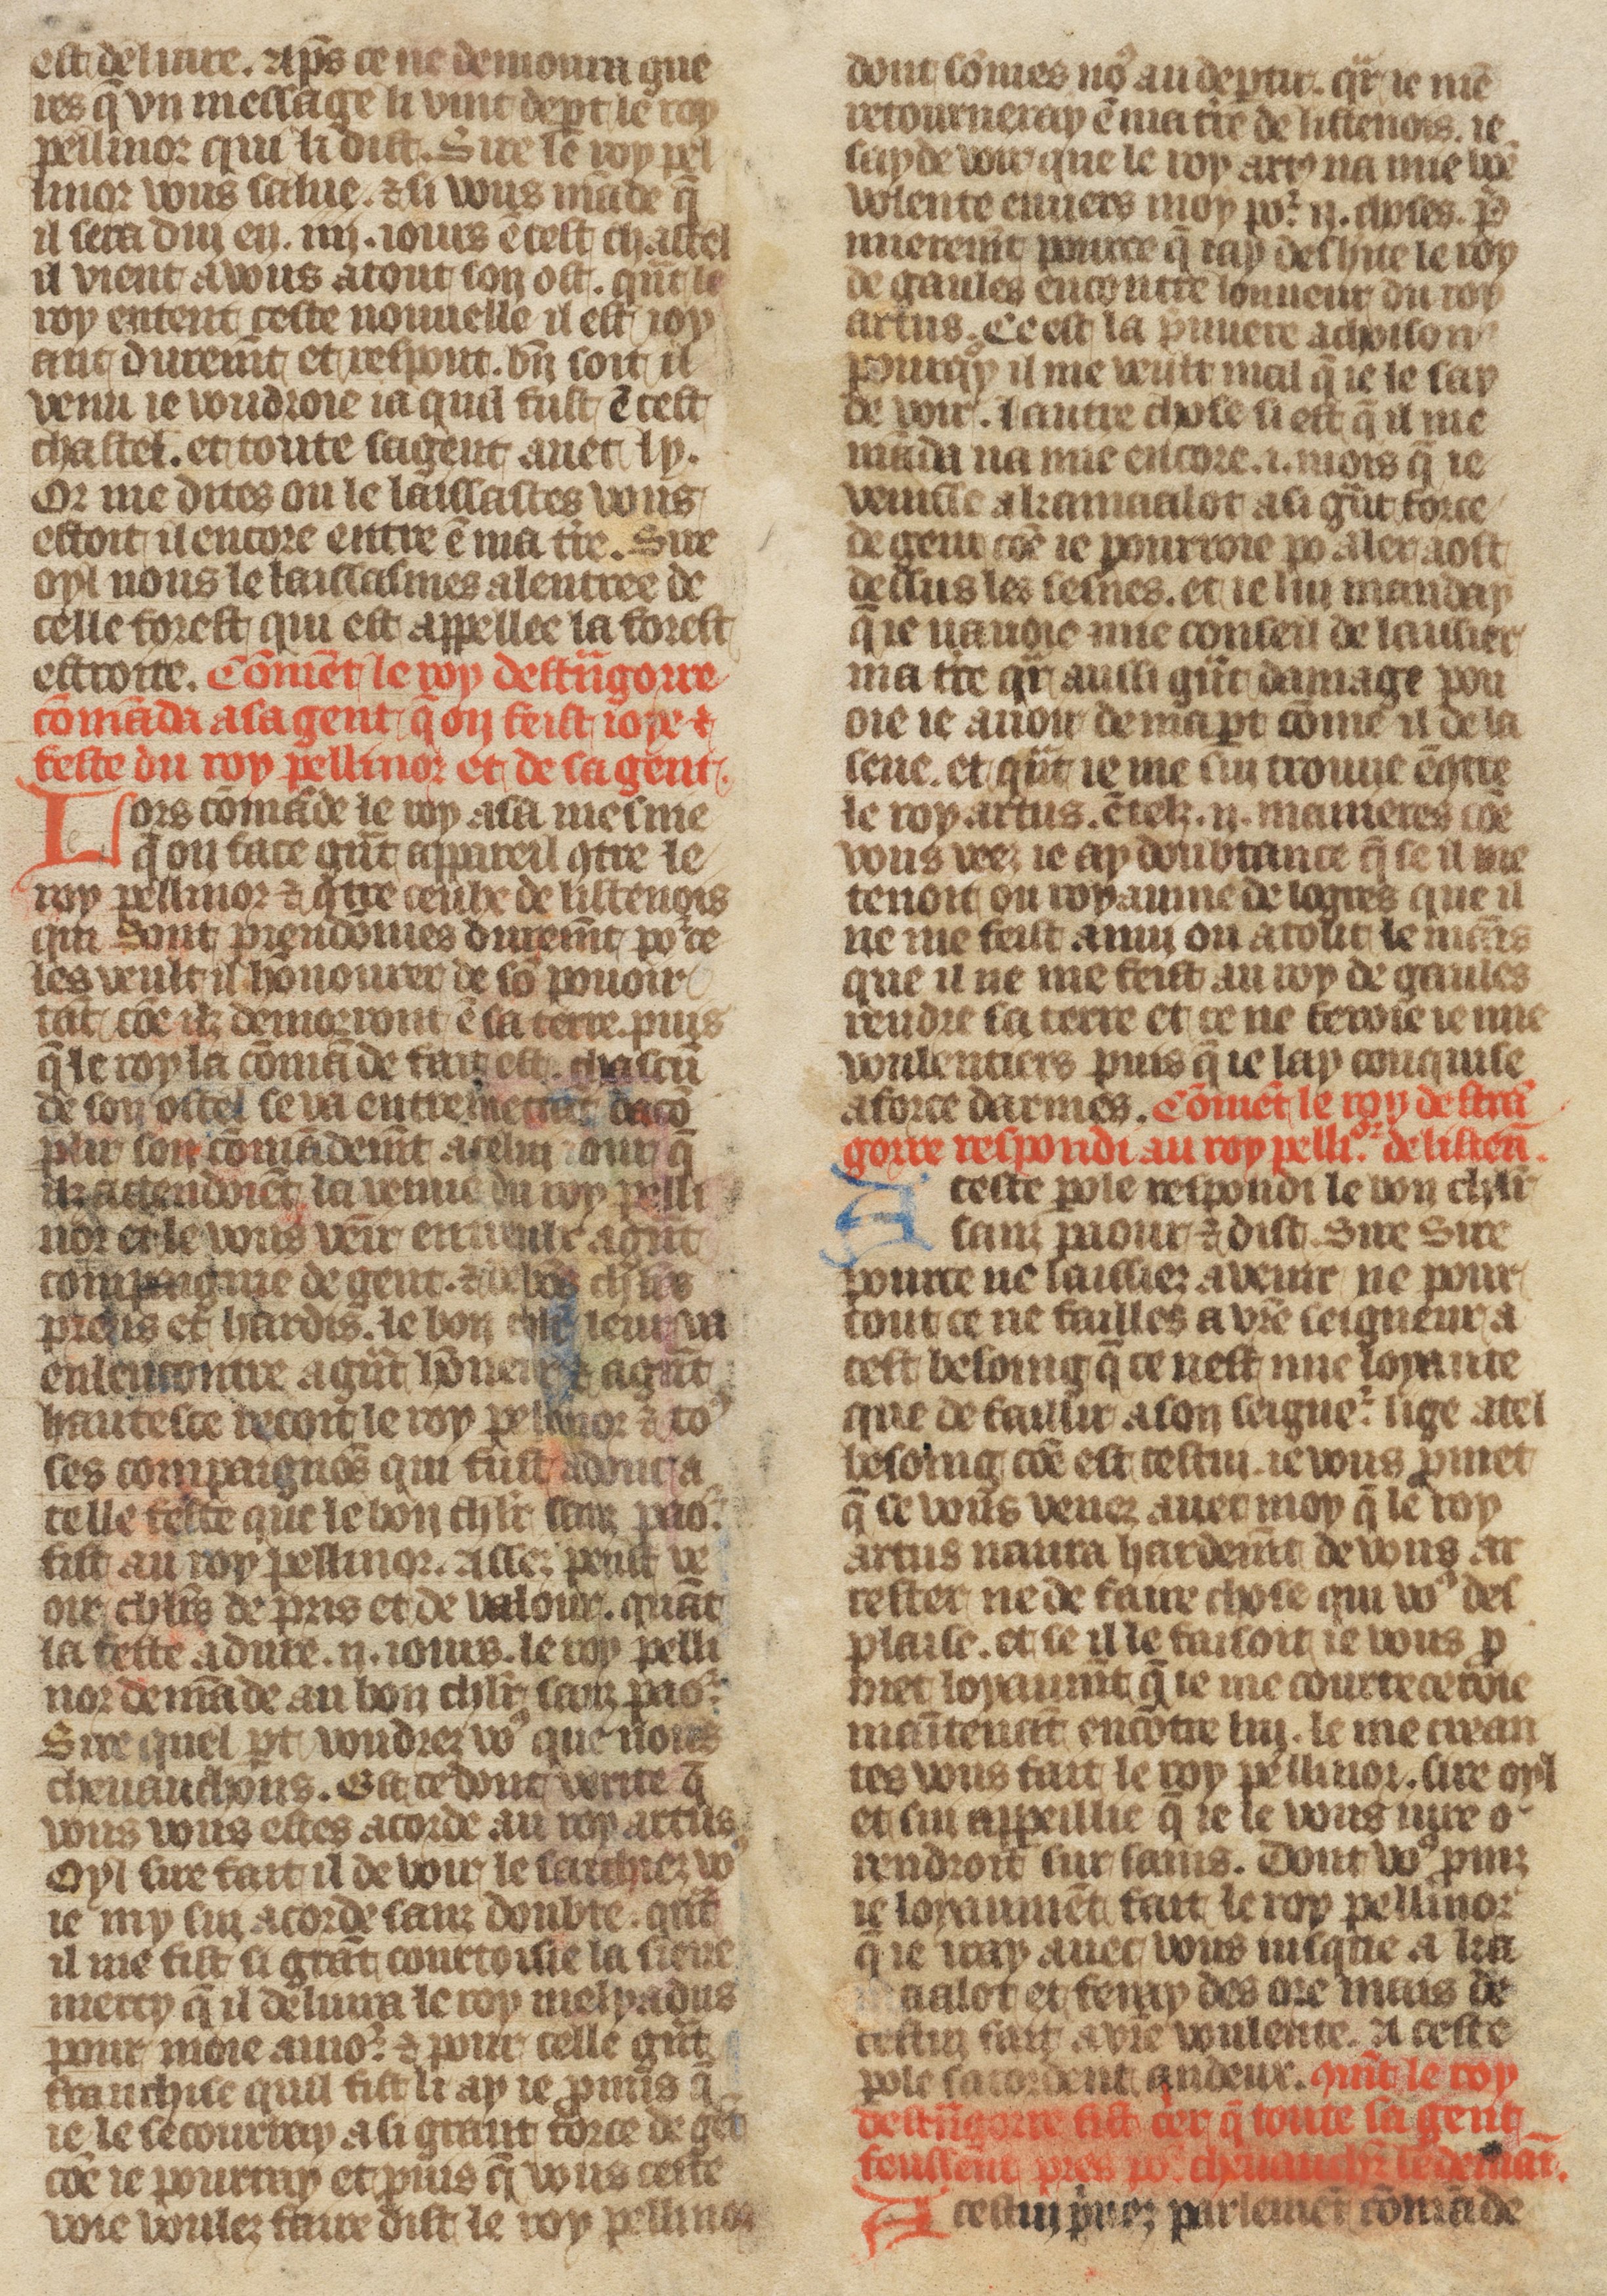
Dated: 1410–1430